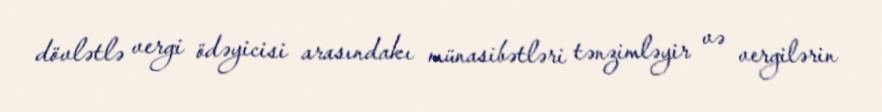
dövlətlə vergi ödəyicisi arasındakı münasibətləri tənzimləyir və vergilərin